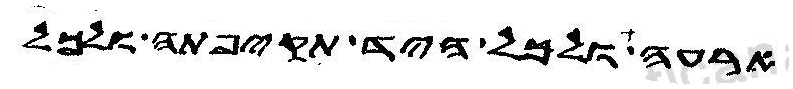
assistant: ארעה ולכל היד אדה תקיפתה ולכל